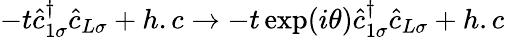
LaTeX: -t\hat{c}_{1\sigma}^{\dagger}\hat{c}_{L\sigma}+h.c\rightarrow-t\exp(i\theta)\hat{c}_{1\sigma}^{\dagger}\hat{c}_{L\sigma}+h.c